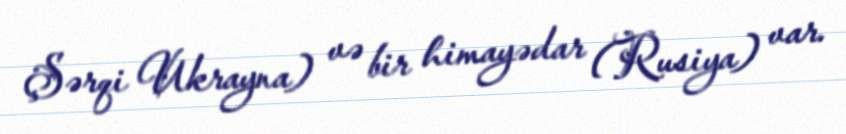
Şərqi Ukrayna) və bir himayədar (Rusiya) var.